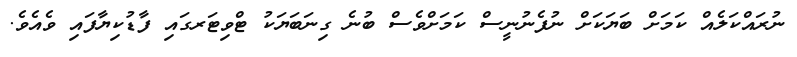
ނުރައްކަލެއް ކަމަށް ބަޔަކަށް ނުފެނުނީސް ކަމަށްވެސް ބުނެ ގިނަބަޔަކު ޓްވިޓަރގައި ފާޑުކިޔާފައި ވެއެވެ.